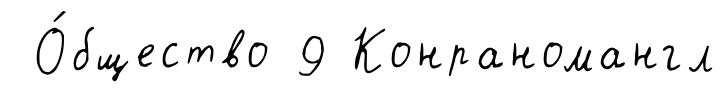
О́бщество 9 Конраномангл